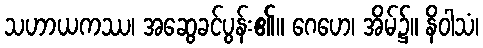
သဟာယကဿ၊ အဆွေခင်ပွန်း၏။ ဂေဟေ၊ အိမ်၌။ နိဝါသံ၊